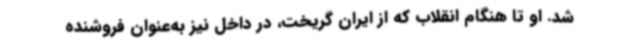
شد. او تا هنگام انقلاب که از ایران گریخت، در داخل نیز به‌عنوان فروشنده